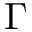
\Gamma